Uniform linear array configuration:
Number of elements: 32
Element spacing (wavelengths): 1
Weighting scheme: kaiser
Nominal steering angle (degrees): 45
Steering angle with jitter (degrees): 44.065
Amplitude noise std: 0.05
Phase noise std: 0.05

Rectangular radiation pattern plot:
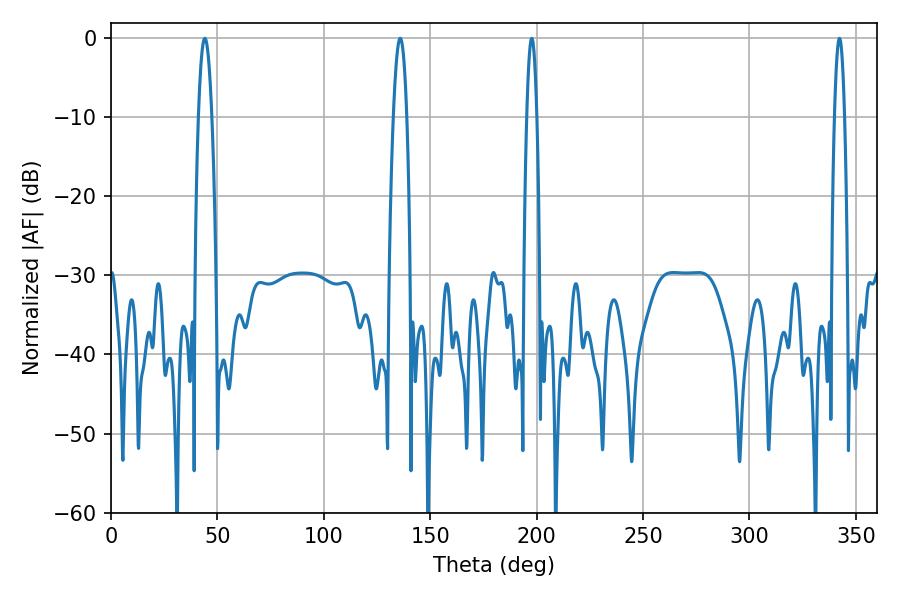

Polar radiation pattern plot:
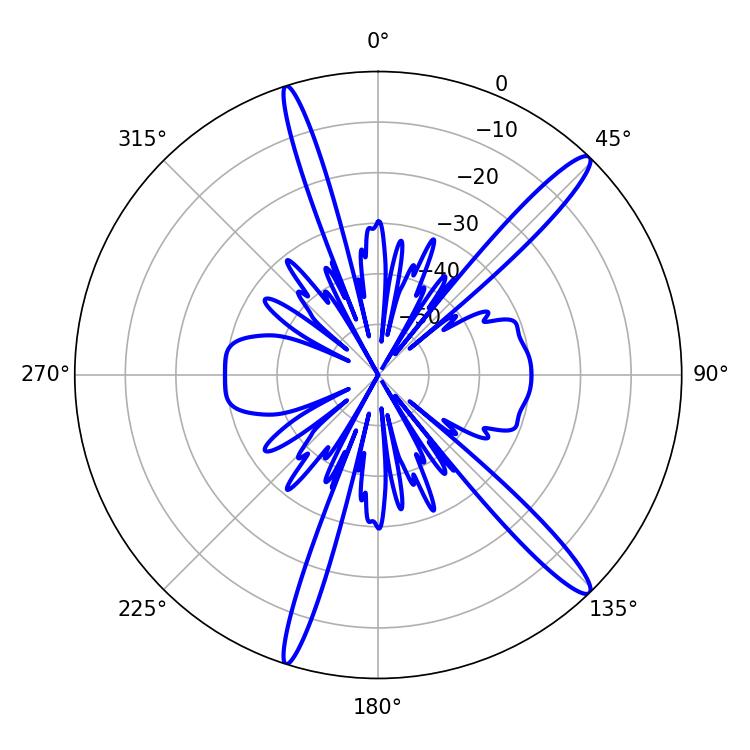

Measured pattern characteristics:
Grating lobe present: TRUE
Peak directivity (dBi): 15.103
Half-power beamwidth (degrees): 3.42
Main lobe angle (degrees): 44.1